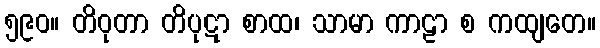
၅၉၀။ တိဝုတာ တိပုဋာ စာထ၊ သာမာ ကာဠာ စ ကထျတေ။